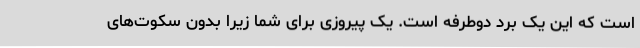
است که این یک برد دوطرفه است. یک پیروزی برای شما زیرا بدون سکوت‌های